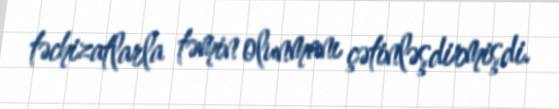
təchizatlarla təmin olunmanı çətinləşdirmişdi.